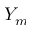
Y _ { m }